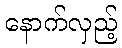
နောက်လှည့်